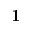
{ \bf 1 }